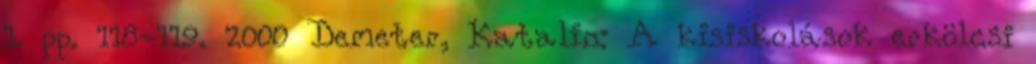
1. pp. 118-119. 2000 Demeter, Katalin: A kisiskolások erkölcsi